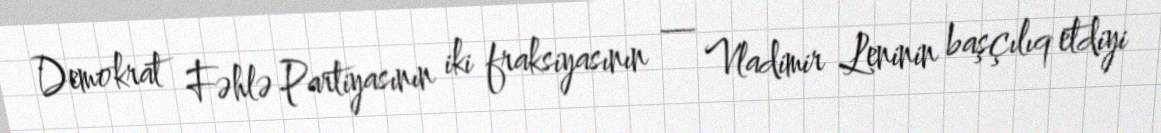
Demokrat Fəhlə Partiyasının iki fraksiyasının — Vladimir Leninin başçılıq etdiyi